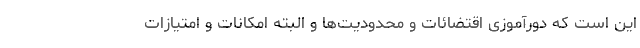
این است که دورآموزی اقتضائات و محدودیت‌ها و البته امکانات و امتیازات